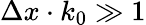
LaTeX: \Delta x\cdot k_{0}\gg 1